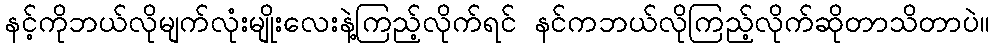
နင့်ကိုဘယ်လိုမျက်လုံးမျိုးလေးနဲ့ကြည့်လိုက်ရင် နင်ကဘယ်လိုကြည့်လိုက်ဆိုတာသိတာပဲ။